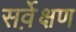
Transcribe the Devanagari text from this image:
सर्वे़क्षण